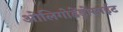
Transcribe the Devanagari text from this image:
ओलिगोडेंड्रोसाईट